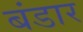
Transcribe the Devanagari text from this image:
बंडार